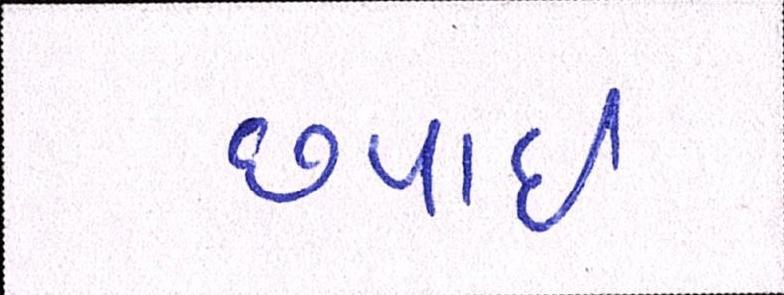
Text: છપાઈ